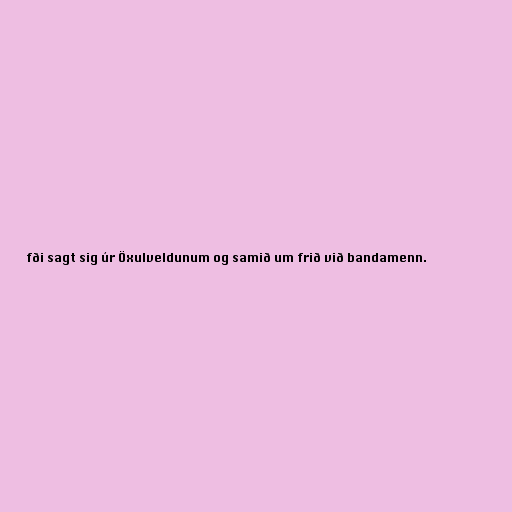
fði sagt sig úr Öxulveldunum og samið um frið við bandamenn.